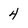
Character: 4